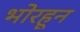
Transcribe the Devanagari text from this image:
भोरहून